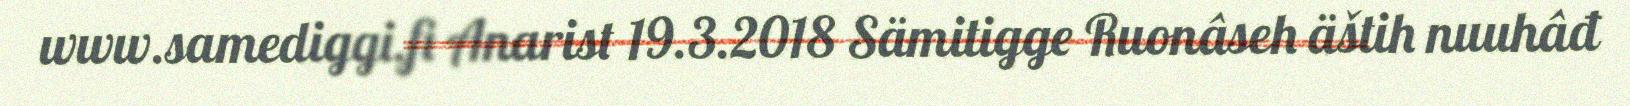
www.samediggi.fi Anarist 19.3.2018 Sämitigge Ruonâseh äštih nuuhâđ